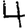
Digit: 4